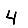
Digit: 4